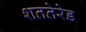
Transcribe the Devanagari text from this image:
शततेरेड